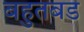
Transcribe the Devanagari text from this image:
बहुतबड